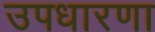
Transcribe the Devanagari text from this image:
उपधारणा